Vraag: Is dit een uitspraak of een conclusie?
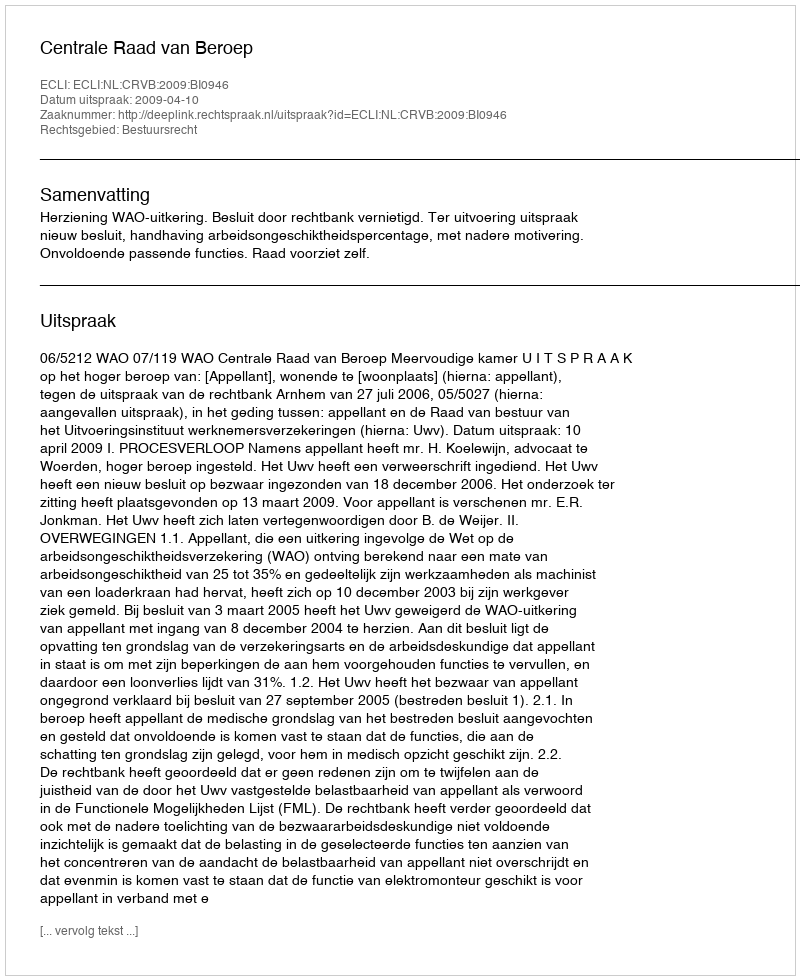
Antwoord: Uitspraak